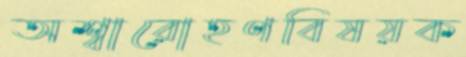
অশ্বারোহণবিষয়ক